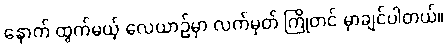
နောက် ထွက်မယ့် လေယာဉ်မှာ လက်မှတ် ကြိုတင် မှာချင်ပါတယ်။